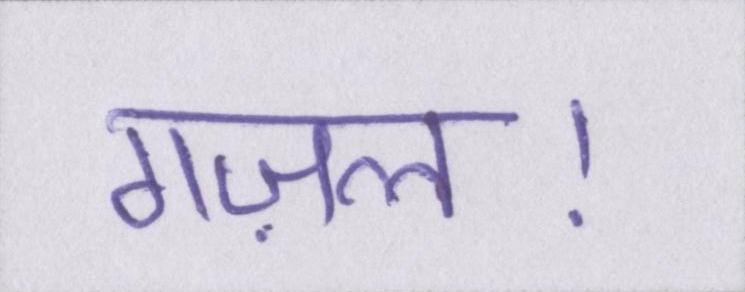
गज़ल।